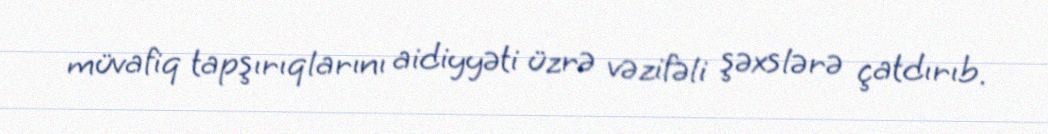
müvafiq tapşırıqlarını aidiyyəti üzrə vəzifəli şəxslərə çatdırıb.